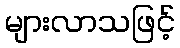
များလာသဖြင့်